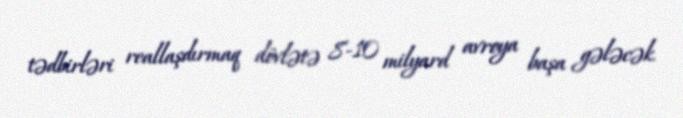
tədbirləri reallaşdırmaq dövlətə 8-10 milyard avroya başa gələcək.